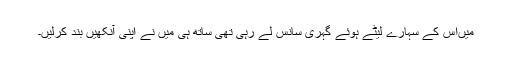
میںاس کے سہارے لیٹے ہوئے گہری سانس لے رہی تھی ساتھ ہی میں نے اپنی آنکھیں بند کرلیں۔